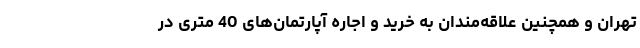
تهران و همچنین علاقه‌مندان به خرید و اجاره آپارتمان‌های 40 متری در